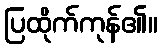
ပြထိုက်ကုန်၏။